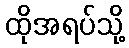
ထိုအရပ်သို့